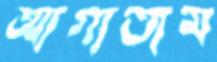
আগাতাম